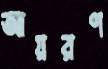
আয়রণ